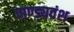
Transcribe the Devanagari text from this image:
पाण्ड्यवंश